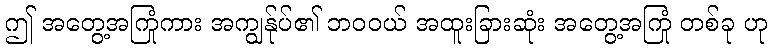
ဤ အတွေ့အကြုံကား အကျွန်ုပ်၏ ဘဝဝယ် အထူးခြားဆုံး အတွေ့အကြုံ တစ်ခု ဟု